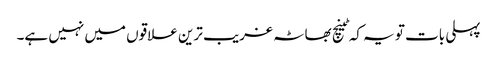
پہلی بات تو یہ کہ ٹینچ بھاٹہ غریب ترین علاقوں میں نہیں ہے۔